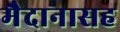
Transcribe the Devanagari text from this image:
मैदानासह